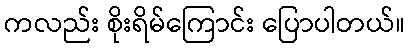
ကလည်း စိုးရိမ်ကြောင်း ပြောပါတယ်။